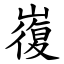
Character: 㠅